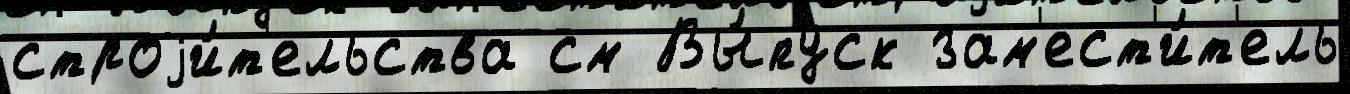
строjи́т'ельства см Вы́пуск зам'ест'и́т'ель